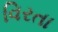
વિરતા